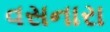
વસનારા